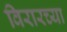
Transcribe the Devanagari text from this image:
विरारच्या